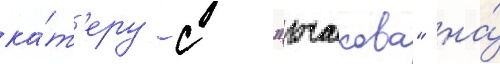
ка́т'еру с "очакова" на́